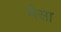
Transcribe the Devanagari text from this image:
मैसा